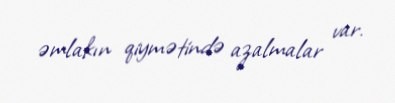
əmlakın qiymətində azalmalar var.